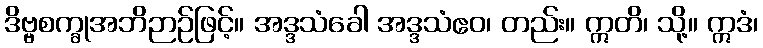
ဒိဗ္ဗစက္ခုအဘိဉာဉ်ဖြင့်။ အဒ္ဒသံခေါ အဒ္ဒသံဧဝ၊ တည်း။ ဣတိ၊ သို့။ ဣဒံ၊